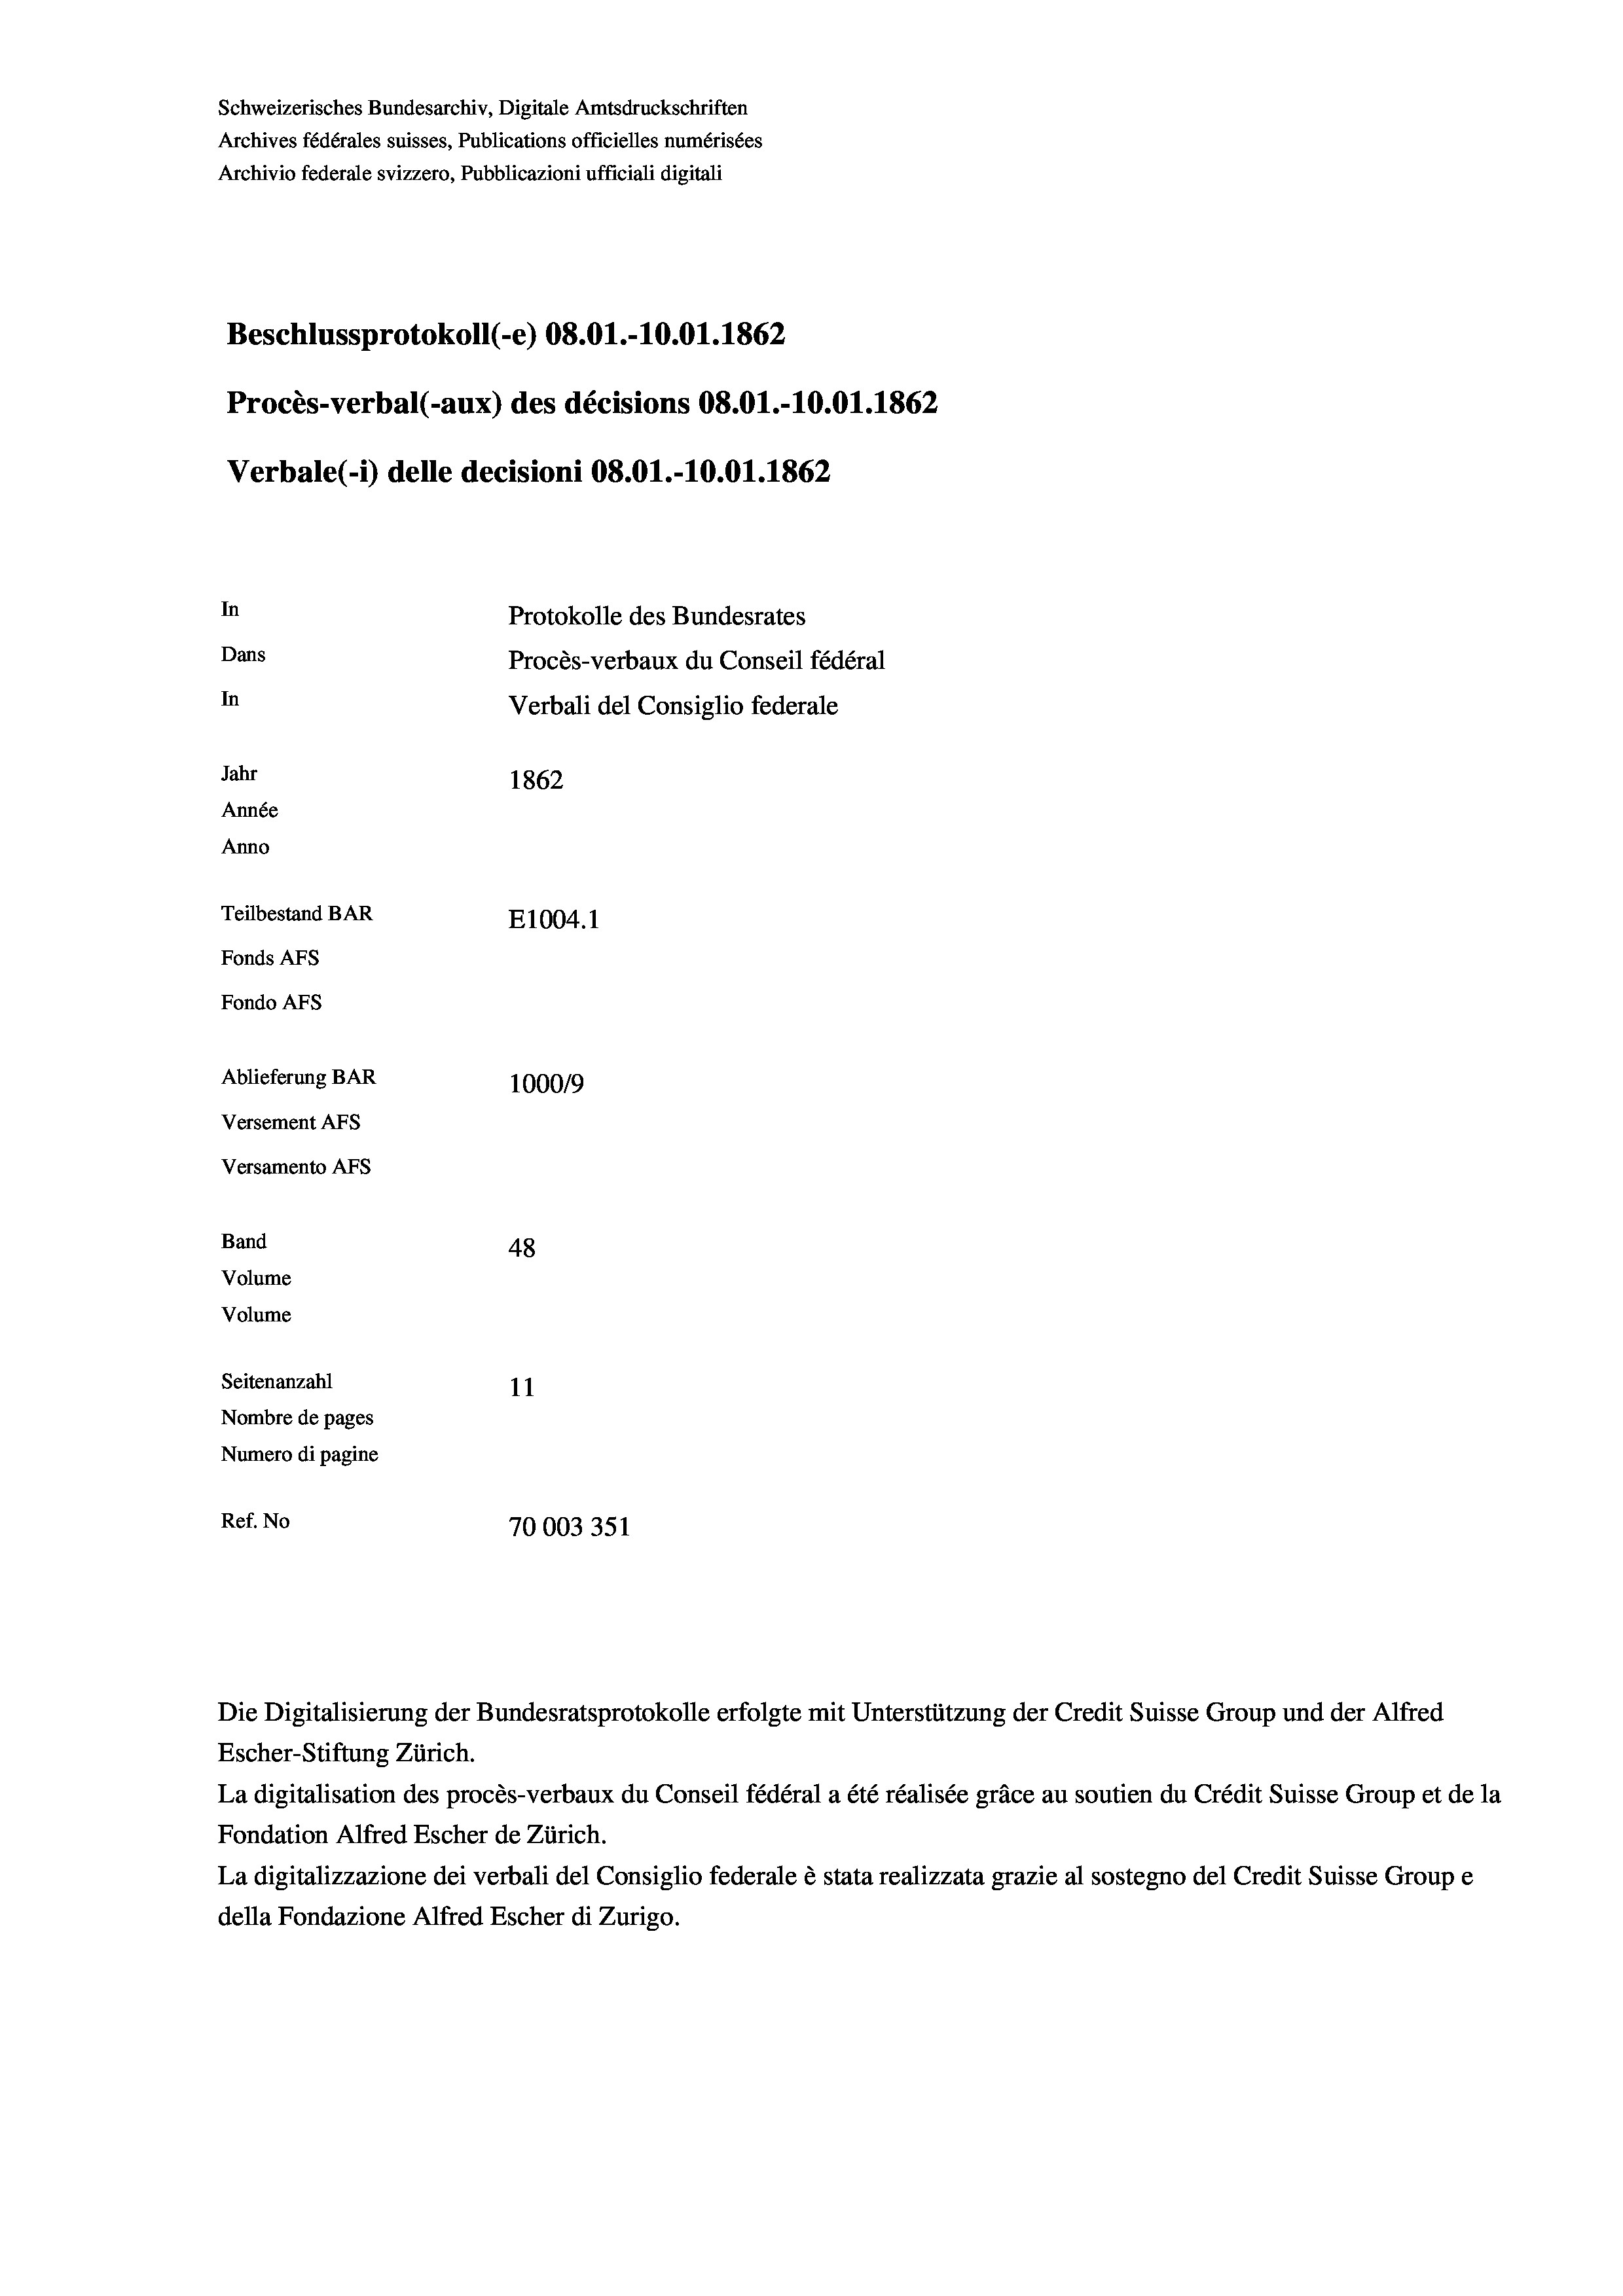
Schweizerisches Bundesarchiv, Digitale Amtsdruckschriften
Archives fédérales suisses, Publications officielles numérisées
Archivio federale svizzero, Pubblicazioni ufficiali digitali
Beschlussprotokoll (-e) 08.01.-10.01. 1862
Procès-verbal (-aux) des décisions 08.01.-10.01. 1862
Verbale (1) delle decisioni 08.01.-10.01. 1862
In
Protokolle des Bundesrates
Dans
Procès-verbaux du Conseil fédéral
In
Verbali del Consiglio federale
Jahr
1862
Année
Anno
Teilbestand BAR
E1004. 1
Fonds AFs
Fondo AFS
Ablieferung BAR
100019
Versement AFs
Versamento AFs
Band
48
Volume
Volume
Seitenanzahl
11
Nombre de pages
Numero di pagine
Ref. No
70003351

Escher-Stiftung Zürich.
La digitalisation des procès-verbaux du Conseil fédéral a été réalisée gräce au soutien du Crédit Suisse Group et de la
Fondation Alfred Escher de Zürich.
La digitalizzazione dei verbali del Consiglio federale è stata realizzata grazie al sostegno del Credit Suisse Groupe
della Fondazione Alfred Escher di Zurigo.

Die Digitalisierung der Bundesratsprotokolle erfolgte mit Unterstützung der Credit Suisse Group und der Alfred